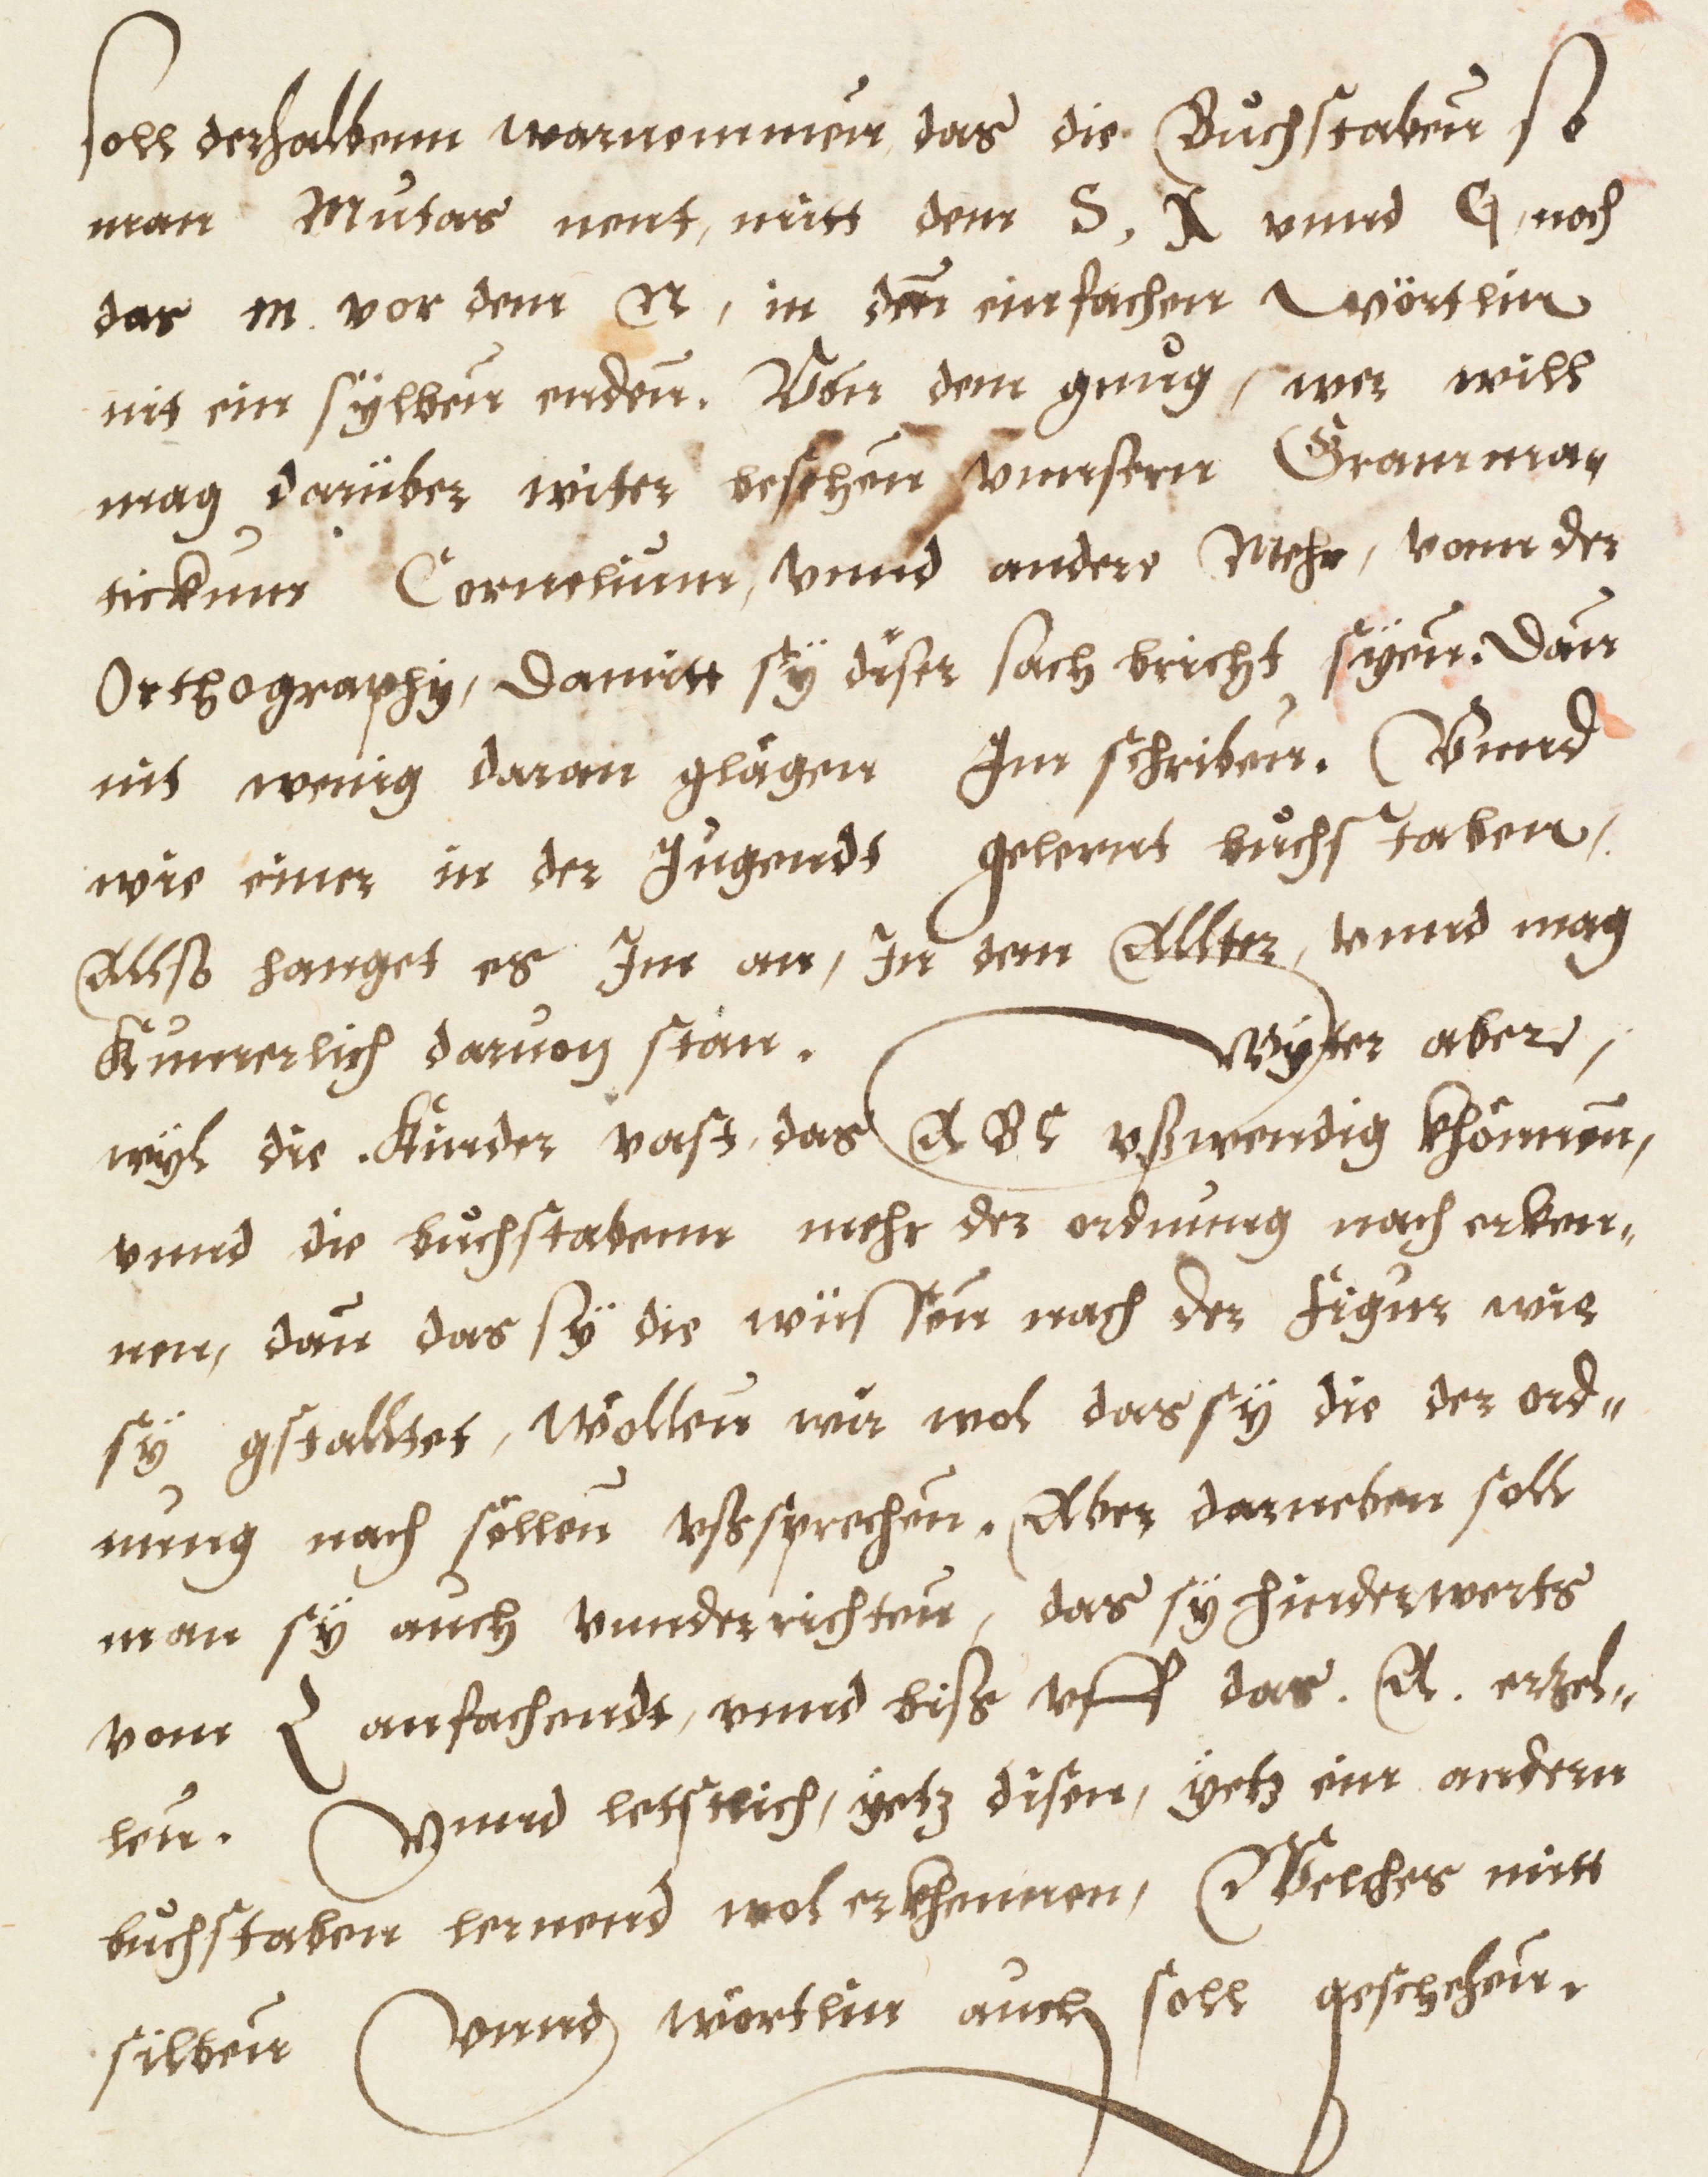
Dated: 1576–1577